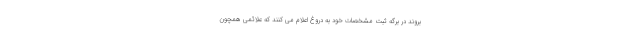
بروند در برگه ثبت مشخصات خود به دروغ اعلام می کنند که علائمی همچون